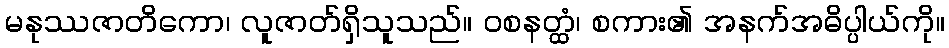
မနုဿဇာတိကော၊ လူဇာတ်ရှိသူသည်။ ဝစနတ္ထံ၊ စကား၏ အနက်အဓိပ္ပါယ်ကို။